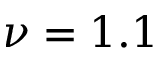
\nu = 1 . 1